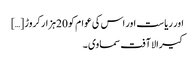
اور ریاست اور اس کی عوام کو 20ہزار کروڑ […]
کیرالا آفت سماوی ۔